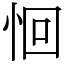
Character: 恛